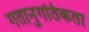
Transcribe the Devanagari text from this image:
गतानुगतिकता